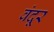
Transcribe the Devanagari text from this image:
वंदूर